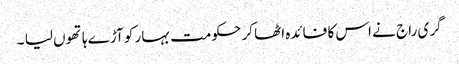
گری راج نے اس کا فائدہ اٹھا کر حکومت بہار کو آڑے ہاتھوں لیا ۔